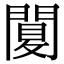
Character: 䦩